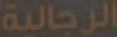
الرجالية